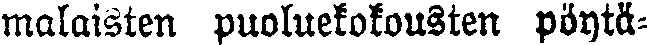
malaisten puoluekokousten pöytä-